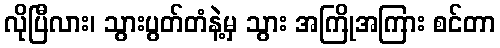
လိုပြီလား၊ သွားပွတ်တံနဲ့မှ သွား အကြိုအကြား စင်တာ